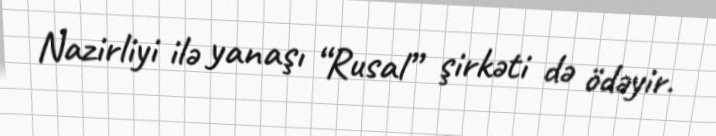
Nazirliyi ilə yanaşı “Rusal” şirkəti də ödəyir.